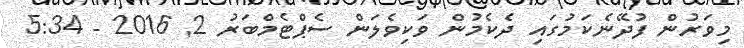
މިވަރުން ފުދޭނެކަމުގައި ދެކެމުން ވަކިވެލަން ސެޕްޓެމްބަރު 2